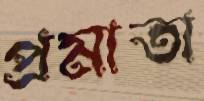
প্রমাতা